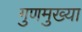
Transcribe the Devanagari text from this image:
गुणमुख्या